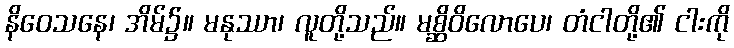
နိဝေသနေ၊ အိမ်၌။ မနုဿာ၊ လူတို့သည်။ မစ္ဆိဝိလောပေ၊ တံငါတို့၏ ငါးကို